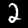
Digit: 2